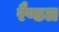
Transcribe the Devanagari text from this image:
रैण्डल